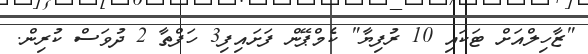
"ޒާހިލްއަށް ޓަކައި 10 ރުފިޔާ" ކެމްޕޭން ފަށައިފި3 ހަފްތާ 2 ދުވަސް ކުރިން.